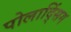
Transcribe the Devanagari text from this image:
पोलाद्सिंग